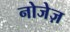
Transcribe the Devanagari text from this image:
नोजेज़